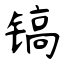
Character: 镐